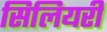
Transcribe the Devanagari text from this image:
सिलियरी